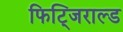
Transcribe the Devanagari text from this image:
फिट्जिराल्ड